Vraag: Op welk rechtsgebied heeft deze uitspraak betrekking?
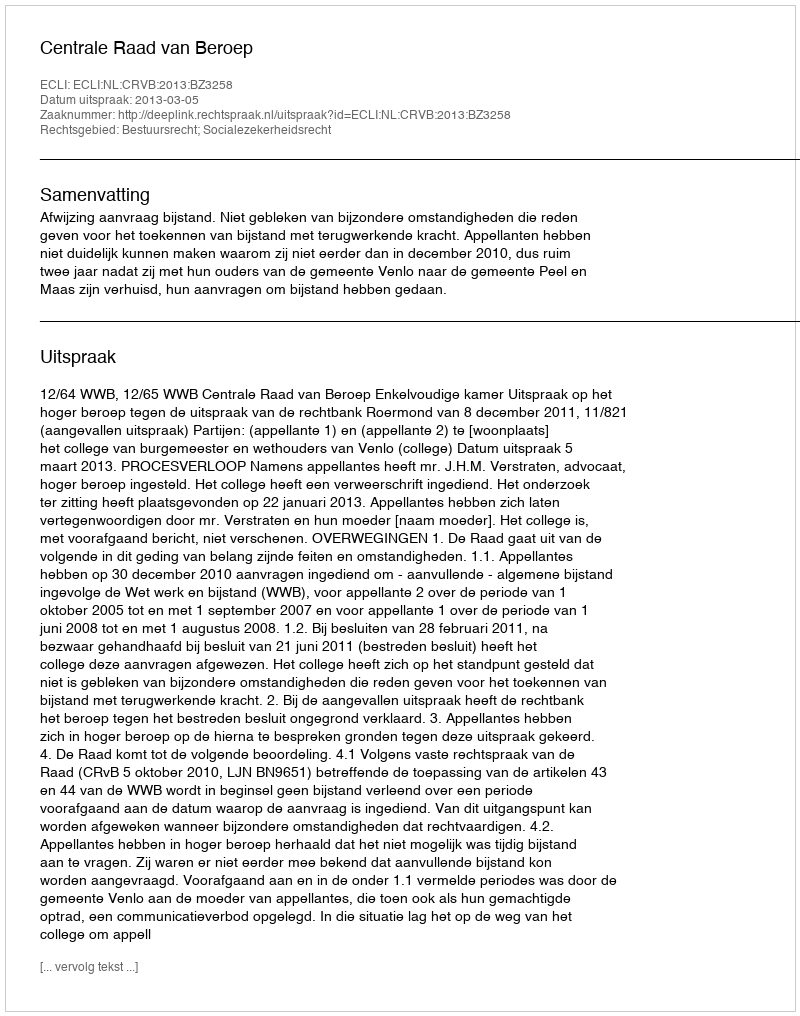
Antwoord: Bestuursrecht; Socialezekerheidsrecht